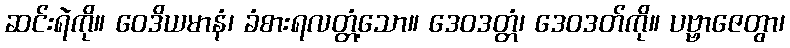
ဆင်းရဲကို။ ဝေဒိယမာနံ၊ ခံစားရလတ္တံ့သော။ ဒေဝဒတ္တံ၊ ဒေဝဒတ်ကို။ ပဗ္ဗာဇေတွာ၊